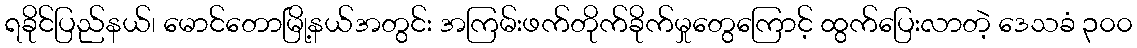
ရခိုင်ပြည်နယ်၊ မောင်တောမြို့နယ်အတွင်း အကြမ်းဖက်တိုက်ခိုက်မှုတွေကြောင့် ထွက်ပြေးလာတဲ့ ဒေသခံ ၃၀၀